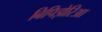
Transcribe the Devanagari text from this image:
बिपिझेरिआ